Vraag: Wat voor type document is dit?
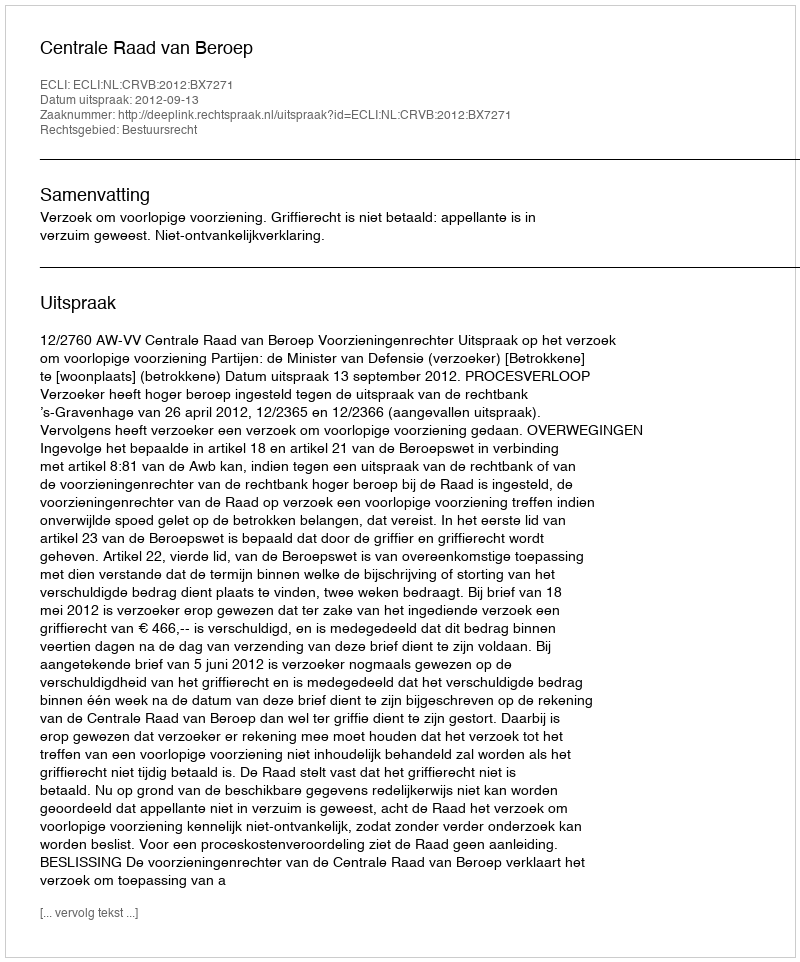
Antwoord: Uitspraak